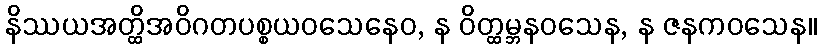
နိဿယအတ္ထိအဝိဂတပစ္စယဝသေနေဝ, န ဝိတ္ထမ္ဘနဝသေန, န ဇနကဝသေန။